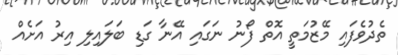
ތެދުވެފައި މޭޒުމަތީ އޮތް ފޯނު ނަގައި އޭނާ ގަޑި ބަލައިލި އިރު އަށެއް